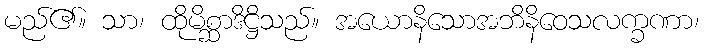
မည်၏။ သာ၊ ထိုမိစ္ဆာဒိဋ္ဌိသည်။ အယောနိသောအဘိနိဝေသလက္ခဏာ၊